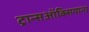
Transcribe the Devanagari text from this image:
ट्रान्सऑक्सियाना